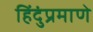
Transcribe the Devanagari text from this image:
हिंदुंप्रमाणे